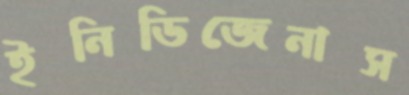
ইনিডিজেনাস